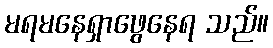
မရမနေရှာဖွေနေရ သည်။